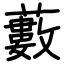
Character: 藪